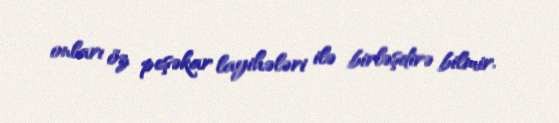
onları öz peşəkar layihələri ilə birləşdirə bilmir.